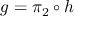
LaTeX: g = \pi _ { 2 } \circ h